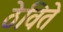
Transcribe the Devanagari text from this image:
ठेविते